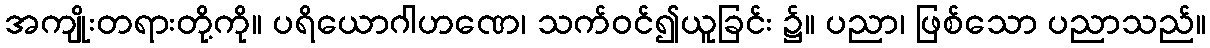
အကျိုးတရားတို့ကို။ ပရိယောဂါဟဏေ၊ သက်ဝင်၍ယူခြင်း ၌။ ပညာ၊ ဖြစ်သော ပညာသည်။